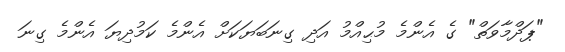
"ޕަދްމާވަތް" ގެ އެންމެ މުޙިއްމު އަދި ގިނަބަޔަކަށް އެންމެ ކަމުދިޔަ އެންމެ ގިނަ